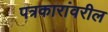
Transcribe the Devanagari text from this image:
पत्रकारांवरील